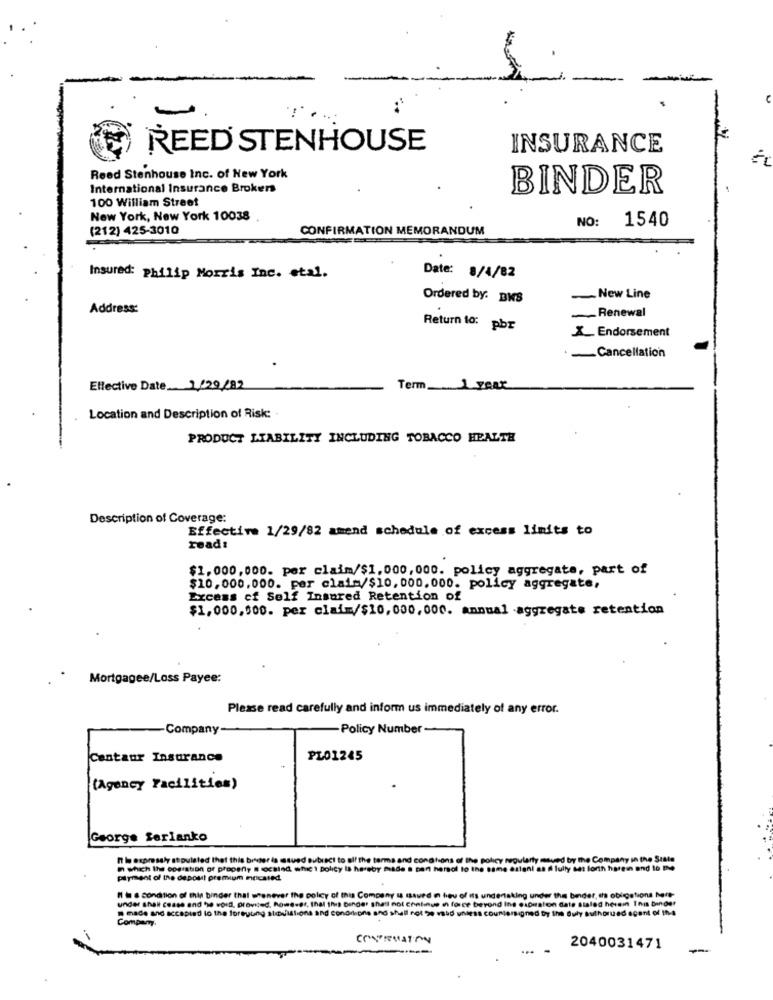
REED STENHOUSE
INSURANCE
Reed Stenhouse Inc. of New York
International Insurance Brokers
BINDER
100 William Street
New York, New York 10038
NO:
1540
(212) 425-3010
CONFIRMATION MEMORANDUM
Insured: philip Morris Inc. etal.
Date: 8/4/82
Ordered by: BMS
New Line
Address:
Renewal
Return to: pbr
X_ Endorsement
-Cancellation
Ellective Date_ _ 1/29 /82
Term __ 1 year
Location and Description of Risk:
PRODUCT LIABILITY INCLUDING TOBACCO HEALTH
Description of Coverage:
Effective 1/29/82 amend schedule of excess limits to
read:
$1,000,000. per claim/$1,000,000. policy aggregate, part of
$10,000,000. per claim/$10,000.000. policy aggregate,
Excess cf Self Insured Retention of
$1,000,500. per claim/$10,000,000. annual aggregate retention
Mortgagee/Loss Payee:
Please read carefully and inform us immediately of any error.
Company-
-Policy Number
Centaur Insurance
PLO1245
(Agency Facilities)
George Serianko
n le expressly stipulated that this bin
Haci to
regularty moued by the Company in the State
in which the operation of property a ocstod whic 1 policy ta
asteni as A fully set forth harein and to the
payment of the deposit premium mocsted
I = & condition of thin binder that whenever the policy of this Company
under shalt cease and the word, provided, however, that this binde' shall n
igations here
undersigned by the Suly authorued acant of In4
dine expiration date sialed herein This binder
made and accepted lo the foreyung stoviations and conditions and shall not > 15du
Company.
CONTRMATON
- -
2040031471